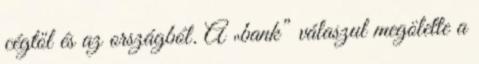
cégtől és az országból. A „bank” válaszul megölette a